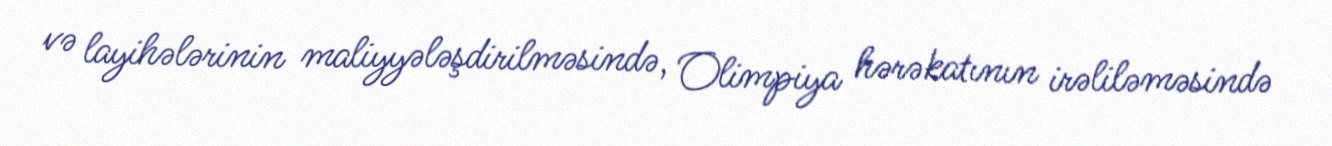
və layihələrinin maliyyələşdirilməsində, Olimpiya hərəkatının irəliləməsində